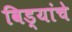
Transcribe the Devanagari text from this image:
विड्यांचे